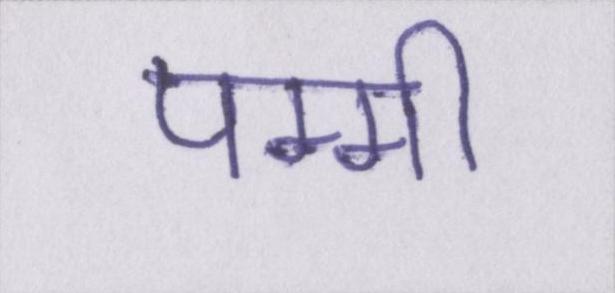
पम्मी